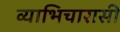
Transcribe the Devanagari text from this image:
व्याभिचारासी